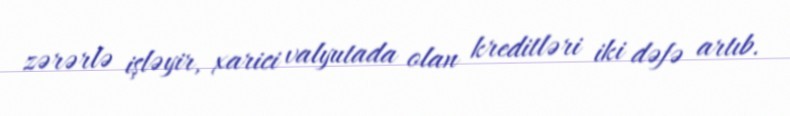
zərərlə işləyir, xarici valyutada olan kreditləri iki dəfə artıb.